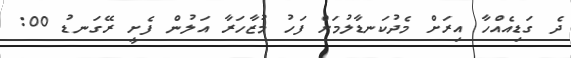
ދެ ގަޑިއެއްހާ އިރަށް މެދުކަނޑާލުމަށް ފަހު މުޒާހަރާ އަލުން ފެށީ ރޭގަނޑު 00: